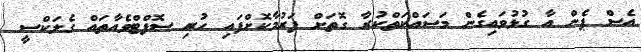
އެސް ޕެން އާ ގުޅުވައިގެން މަސައްކަތްކުރާ ގޮތަށް ފަރުމާކޮށްފައި ހުރި ސޮފްޓްވެއާތައް ގެލަކްސީ